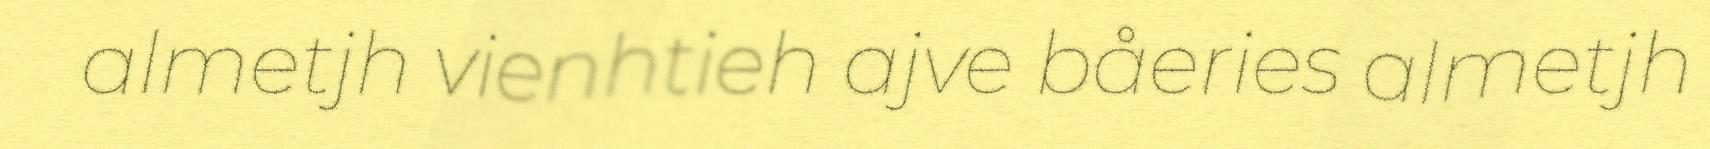
almetjh vienhtieh ajve båeries almetjh